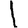
Digit: 1